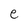
Character: e